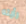
رأيته